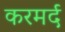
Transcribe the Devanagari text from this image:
करमर्द